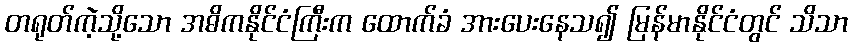
တရုတ်ကဲ့သို့သော အဓိကနိုင်ငံကြီးက ထောက်ခံ အားပေးနေသ၍ မြန်မာနိုင်ငံတွင် သိသာ